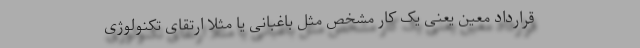
قرارداد معین یعنی یک کار مشخص مثل باغبانی یا مثلاً ارتقای تکنولوژی